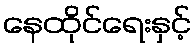
နေထိုင်ရေးနှင့်